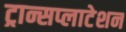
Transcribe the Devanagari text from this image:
ट्रान्सप्लाटेशन